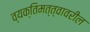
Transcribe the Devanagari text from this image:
व्यक्तिमत्त्वावरील